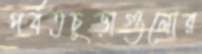
পর্বতচূড়াগুলোর